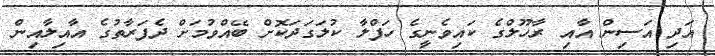
އަދި އަސިން އާއި ރާހޫލްގެ ކައިވެނިީގެ ހަފްލާ ކުލަގަދަކޮށް ބޭއްވުމަށް ދެފަރާތުގެ އާއިލާއިން